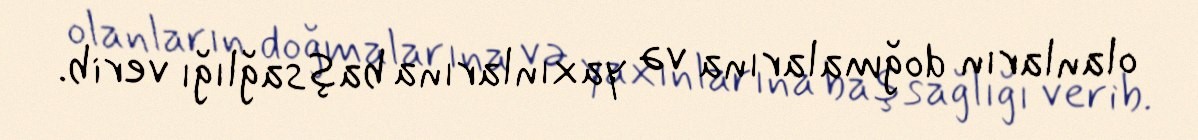
olanların doğmalarına və yaxınlarına başsağlığı verib.